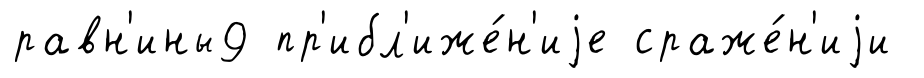
равн'ины9 пр'ибл'иже́н'иjе сраже́н'иjи